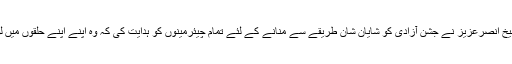
دوسری جانب میئر اسلام آباد شیخ انصرعزیز نے جشن آزادی کو شایان شان طریقے سے منانے کے لئے تمام چیئرمینوں کو ہدایت کی کہ وہ اپنے اپنے حلقوں میں لوگوں میں جھنڈے تقسیم کریں ۔